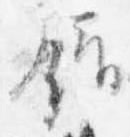
錯